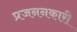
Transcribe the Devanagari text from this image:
प्रजननकारी